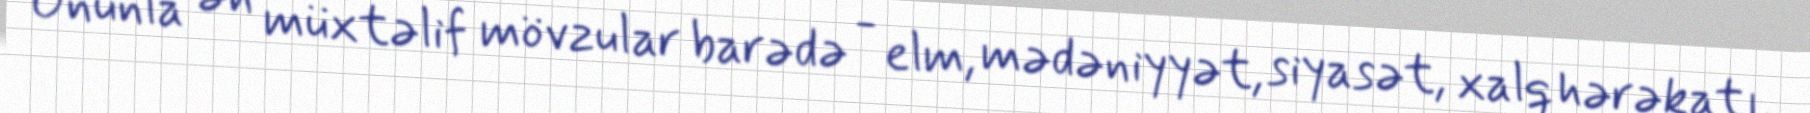
Onunla ən müxtəlif mövzular barədə - elm, mədəniyyət, siyasət, xalq hərəkatı,